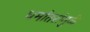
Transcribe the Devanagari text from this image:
धर्मांतरांमुळे